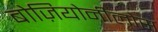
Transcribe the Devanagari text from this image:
बोज़ियोनीलोस